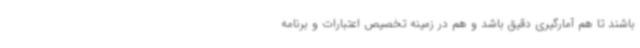
باشند تا هم آمارگیری دقیق باشد و هم در زمینه تخصیص اعتبارات و برنامه